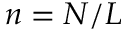
n = N / L